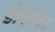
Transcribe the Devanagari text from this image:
डोकावर